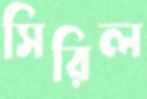
সিরিল